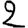
Digit: 2